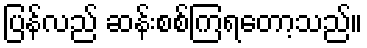
ပြန်လည် ဆန်းစစ်ကြရတော့သည်။